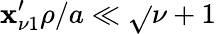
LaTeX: \mathbf{x}_{\nu1}^{\prime}\rho/a\ll\sqrt{}{{\nu+1}}